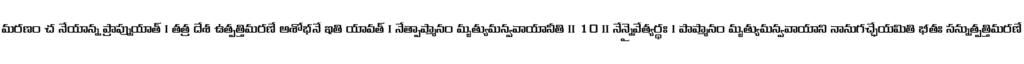
మరణం చ నేయాన్న ప్రాప్నుయాత్ । తత్ర దేశ ఉత్పత్తిమరణే అశోభనే ఇతి యావత్ । నేత్పాప్మానం మృత్యుమన్వవాయానీతి ॥ 10 ॥ నేన్నైవేత్యర్థః । పాప్మానం మృత్యుమన్వవాయాని నానుగచ్ఛేయమితి భీతః సన్నుత్పత్తిమరణే